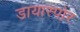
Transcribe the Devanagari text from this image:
डायास्पोर